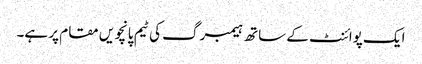
ایک پوائنٹ کے ساتھ ہیمبرگ کی ٹیم پانچویں مقام پر ہے۔